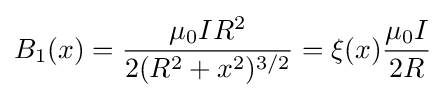
B_{1}(x)={\frac {\mu _{0}IR^{2}}{2(R^{2}+x^{2})^{3/2}}}=\xi (x){\frac {\mu _{0}I}{2R}}